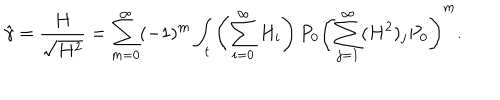
\hat { \gamma } = \frac { H } { \sqrt { H ^ { 2 } } } = \sum _ { m = 0 } ^ { \infty } ( - 1 ) ^ { m } \int _ { t } \left( \sum _ { i = 0 } ^ { \infty } H _ { i } \right) P _ { 0 } \left( \sum _ { j = 1 } ^ { \infty } ( H ^ { 2 } ) _ { j } P _ { 0 } \right) ^ { m } .